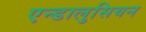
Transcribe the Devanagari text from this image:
एन्डालुसियन